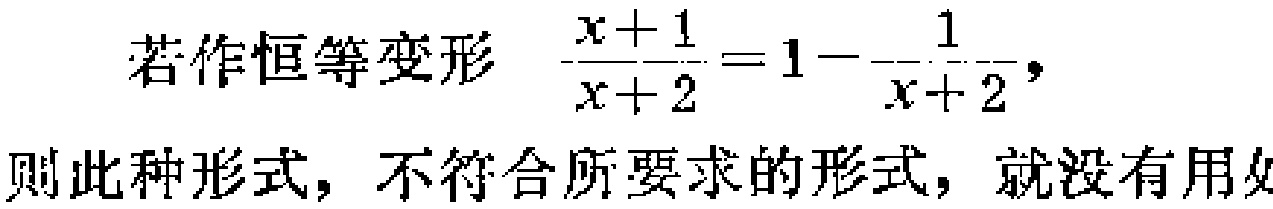
若作恒等变形 $\frac{x + 1}{x + 2} = 1 - \frac{1}{x + 2}$，则此种形式，不符合所要求的形式，就没有用处